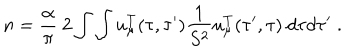
n = { \frac { \alpha } { \pi } } ~ 2 \int \int u _ { \mu } ^ { T } ( \tau , \tau ^ { \prime } ) { \frac { 1 } { S ^ { 2 } } } u _ { \mu } ^ { T } ( \tau ^ { \prime } , \tau ) ~ d \tau d \tau ^ { \prime } \; .